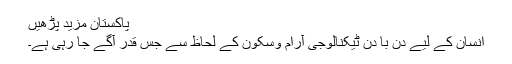
پاکستان مزید پڑھیں
انسان کے لیے دن با دن ٹیکنالوجی آرام وسکون کے لحاظ سے جس قدر آگے جا رہی ہے۔